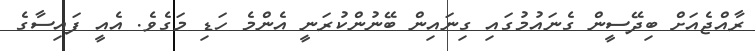
ރާއްޖެއަށް ބިދޭސީން ގެނައުމުގައި ގިނައިން ބޭނުންކުރަނީ އެންމެ ހަޑި މަގެވެ. އެއީ ފައިސާގެ